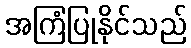
အကြံပြုနိုင်သည်